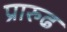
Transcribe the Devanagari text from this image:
प्रारुढ